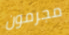
مجرمون